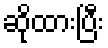
ဆိုထားပြီး